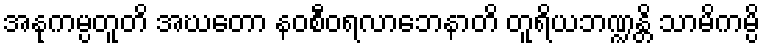
အနုကမ္ပတူတိ အဃတော နဝစီဝရလာဘေနာတိ တူရိယဘဏ္ဍန္တိ သာမိကမ္ပိ